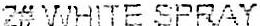
Z# VVHITE SPRAY